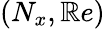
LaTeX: (N_{x},\mathbb{R}e)